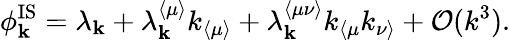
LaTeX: \phi_{\mathbf{k}}^{\mathrm{IS}}=\lambda_{\mathbf{k}}+\lambda_{\mathbf{k}}^{\langle\mu\rangle}k_{\langle\mu\rangle}+\lambda_{\mathbf{k}}^{\langle\mu\nu\rangle}k_{\langle\mu}k_{\nu\rangle}+\mathcal{O}(k^{3}).